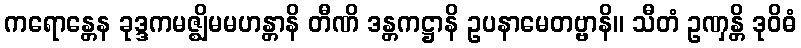
ကရောန္တေန ခုဒ္ဒကမဇ္ဈိမမဟန္တာနိ တီဏိ ဒန္တကဋ္ဌာနိ ဥပနာမေတဗ္ဗာနိ။ သီတံ ဥဏှန္တိ ဒုဝိဓံ